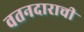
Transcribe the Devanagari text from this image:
वतनदाराची